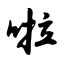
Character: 啦